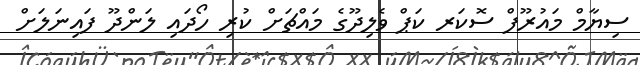
ސިޔާމް މައުރޫފް ސޮކަރ ކަޕް ވެލިދޫގެ މައްޗަށް ކުރި ހޯދައި ލަންދޫ ފައިނަލަށް